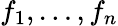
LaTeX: f_{1},\ldots,f_{n}